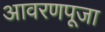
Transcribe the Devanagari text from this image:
आवरणपूजा